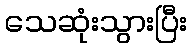
သေဆုံးသွားပြီး